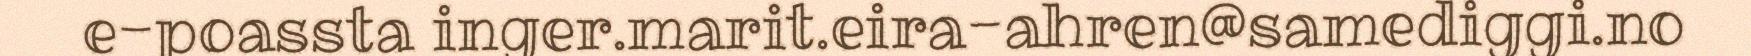
e-poassta inger.marit.eira-ahren@samediggi.no